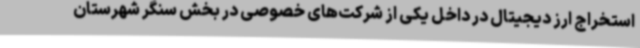
استخراج ارز دیجیتال در داخل یکی از شرکت‌های خصوصی در بخش سنگر شهرستان